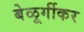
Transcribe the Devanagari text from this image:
बेळूर्गीकर